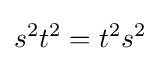
s^{2}t^{2}=t^{2}s^{2}